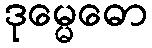
ဒုမ္မေဓော